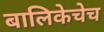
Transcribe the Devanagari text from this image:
बालिकेचेच